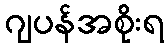
ဂျပန်အစိုးရ